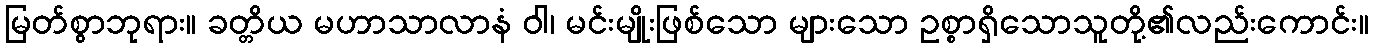
မြတ်စွာဘုရား။ ခတ္တိယ မဟာသာလာနံ ဝါ၊ မင်းမျိုးဖြစ်သော များသော ဥစ္စာရှိသောသူတို့၏လည်းကောင်း။